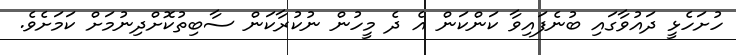
ހުށަހެޅީ ދައުވާގައި ބުނެފައިވާ ކަންކަން އެ ދެ މީހުން ނުކުރާކަން ސާބިތުކޮށްދިނުމަށް ކަމަށެވެ.